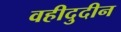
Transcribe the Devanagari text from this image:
वहीदुदीन